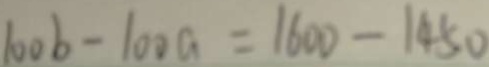
1 0 0 b - 1 0 0 a = 1 6 0 0 - 1 4 5 0